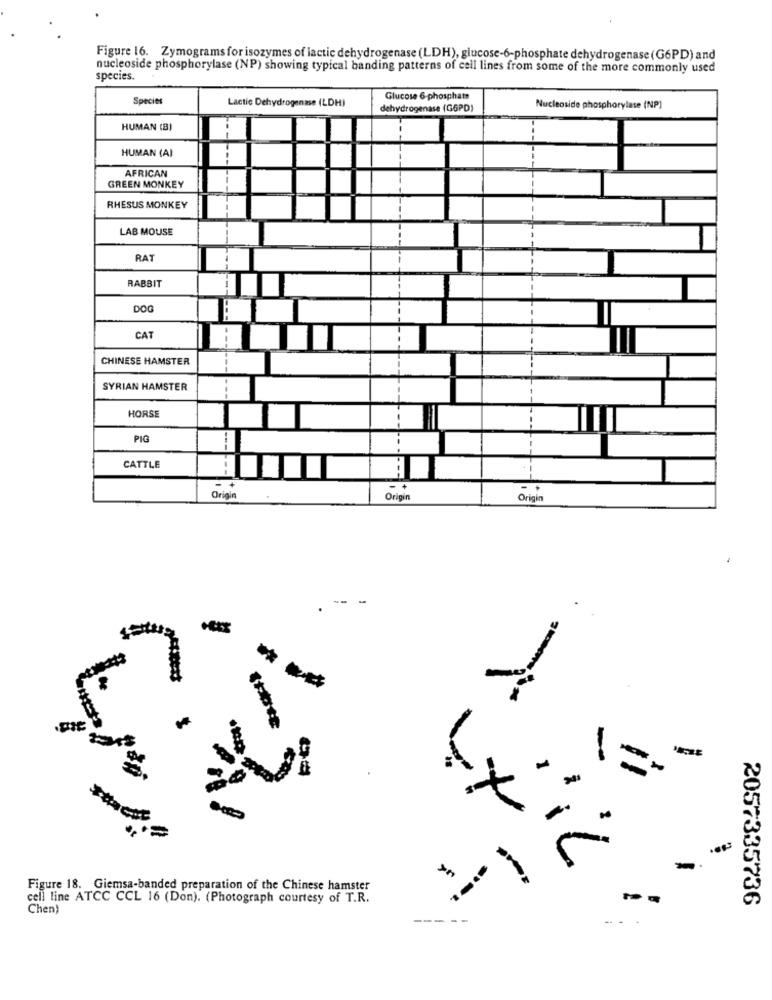
Figure 16. Zymograms for isozymes of lactic dehydrogenase (LDH), glucose-6-phosphate dehydrogenase (G6PD) and
nucleoside phosphorylase (NP) showing typical banding patterns of cell lines from some of the more commonly used
species.
Species
Lactic Dehydrogenase (LDH)
Glucose 6-phosphate
dehydrogenase (G6PD)
Nucleoside phosphorylase (NP)
HUMAN (B)
HUMAN (A)
AFRICAN
GREEN MONKEY
RHESUS MONKEY
LAB MOUSE
RAT
RABBIT
DOG
CAT
CHINESE HAMSTER
SYRIAN HAMSTER
HORSE
PIG
CATTLE
. +
. +
Origin
Origin
Origin
-
-
Figure 18. Giemsa-banded preparation of the Chinese hamster
cell line ATCC CCL 16 (Don). (Photograph courtesy of T.R.
2057335736
Chen)